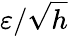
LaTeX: \varepsilon/{\sqrt{h}}